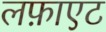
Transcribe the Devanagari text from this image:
लफ़ाएट